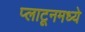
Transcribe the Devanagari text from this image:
प्लाटूनमध्ये